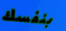
بنفسك